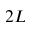
2 L